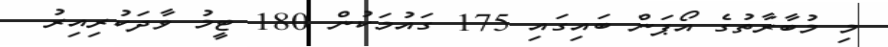
މި މުބާރާތުގެ އޯޕަން ބައިގައި 175 ގައުމަކުން 180 ޓީމު ވާދަކުރިއިރު